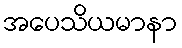
အပေသိယမာနာ